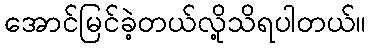
အောင်မြင်ခဲ့တယ်လို့သိရပါတယ်။